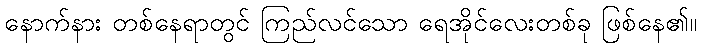
နောက်နား တစ်နေရာတွင် ကြည်လင်သော ရေအိုင်လေးတစ်ခု ဖြစ်နေ၏။